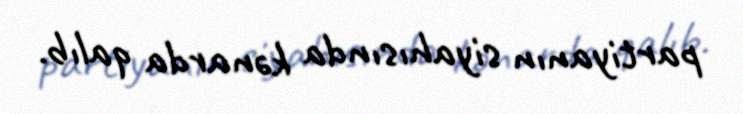
partiyanın siyahısında kənarda qalıb.